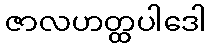
ဇာလဟတ္ထပါဒေါ